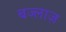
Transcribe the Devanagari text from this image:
बज्लाज़